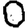
Digit: 0